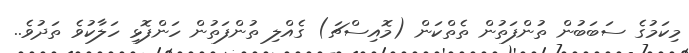
މިކަމުގެ ސަބަބުން ތުންފަތުން ތެތްކަން (މޮއިސްޗަ) ގެއްލި ތުންފަތުން ހަންފޮޅި ހަލާކުވެ ތަދުވެ..